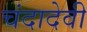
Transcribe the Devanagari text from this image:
चंदादेवी